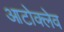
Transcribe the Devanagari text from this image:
आटोक्‍लेव